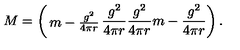
M = \left( \begin{matrix} { m - { \frac { g ^ { 2 } } { 4 \pi r } } } & { { \frac { g ^ { 2 } } { 4 \pi r } } } \\ { { \frac { g ^ { 2 } } { 4 \pi r } } } & { m - { \frac { g ^ { 2 } } { 4 \pi r } } } \\ \end{matrix} \right) .